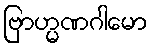
ဗြာဟ္မဏဂါမော